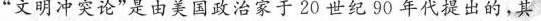
”文明冲突论”是由美国政治家于20世纪90年代提出的，其